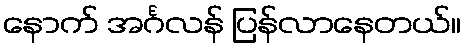
နောက် အင်္ဂလန် ပြန်လာနေတယ်။